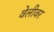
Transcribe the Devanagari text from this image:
वेलीवर